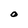
Character: O